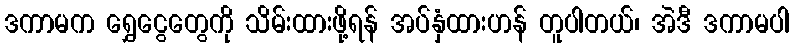
ဒကာမက ရွှေငွေတွေကို သိမ်းထားဖို့ရန် အပ်နှံထားဟန် တူပါတယ်၊ အဲဒီ ဒကာမပါ